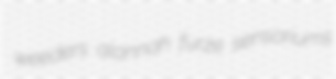
weeders alannah furze sensoriums